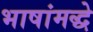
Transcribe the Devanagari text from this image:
भाषांमद्धे